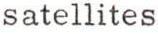
satellites